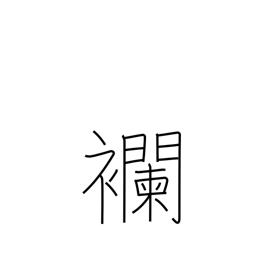
Meaning: a kind of cloth